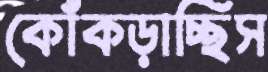
কোঁকড়াচ্ছিস